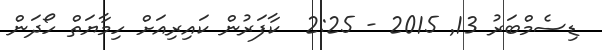
ޑިސެމްބަރު 13